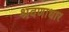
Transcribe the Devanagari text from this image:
श्रवणाधार